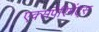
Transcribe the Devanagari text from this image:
एक्सपेरिमेंट्स